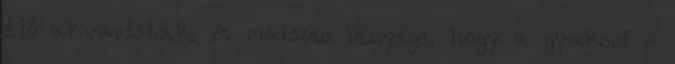
élő akvaristák. A módszer lényege, hogy a gyakori -